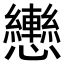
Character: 𢥩